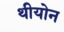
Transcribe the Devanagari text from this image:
थीयोन